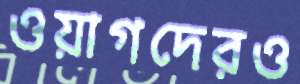
ওয়াগদেরও